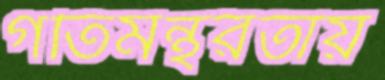
গতিমন্থরতায়